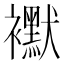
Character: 𧞾